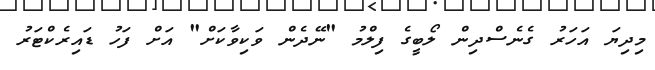
މިދިޔަ އަހަރު ގެނެސްދިން ލޯބީގެ ފިލްމު "ނޭދެން ވަކިވާކަށް" އަށް ފަހު ޑައިރެކްޓަރު